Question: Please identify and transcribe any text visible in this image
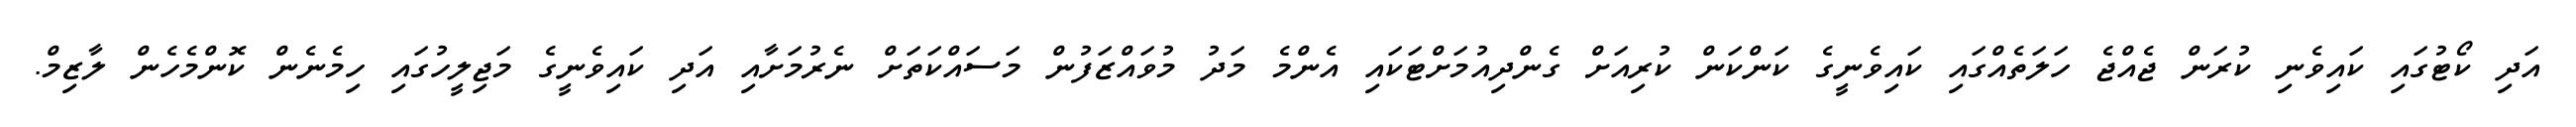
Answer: އަދި ކޯޓުގައި ކައިވެނި ކުރަން ޖެއްޖެ ހަލަތެއްގައި ކައިވެނީގެ ކަންކަން ކުރިއަށް ގެންދިއުމަށްޓަކައި އެންމެ މަދު މުވައްޒަފުން މަސައްކަތަށް ނެރުމަށާއި އަދި ކައިވެނީގެ މަޖިލީހުގައި ހިމެނެން ކޮންމެހެން ލާޒިމް.